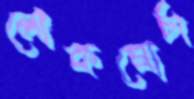
লোকমোর্চা